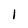
Character: 1